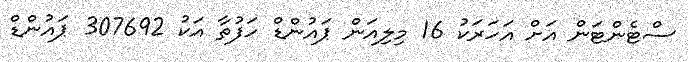
ސްޓެންޓަން އަށް އަހަރަކު 16 މިލިއަން ޕައުންޑް ހަފުތާ އަކު 307692 ޕައުންޑް